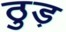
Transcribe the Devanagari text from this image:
ठुड़